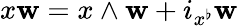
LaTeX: x\mathbf{w}=x\wedge\mathbf{w}+i_{x^{\flat}}\mathbf{w}